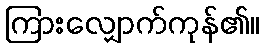
ကြားလျှောက်ကုန်၏။